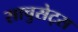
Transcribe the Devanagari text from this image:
साचुसेट्स